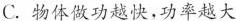
C.物体做功越快，功率越大